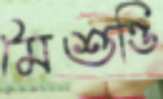
মৈশুণ্ডি